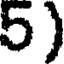
5)